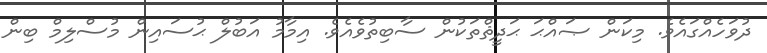
ދުވަހެއްގައެވެ. މިކަން ޞައްޙަ ޙަދީޘްތަކުން ސާބިތުވެއެވެ. އިމާމު އަބުލް ޙުސައިން މުސްލިމް ބިން